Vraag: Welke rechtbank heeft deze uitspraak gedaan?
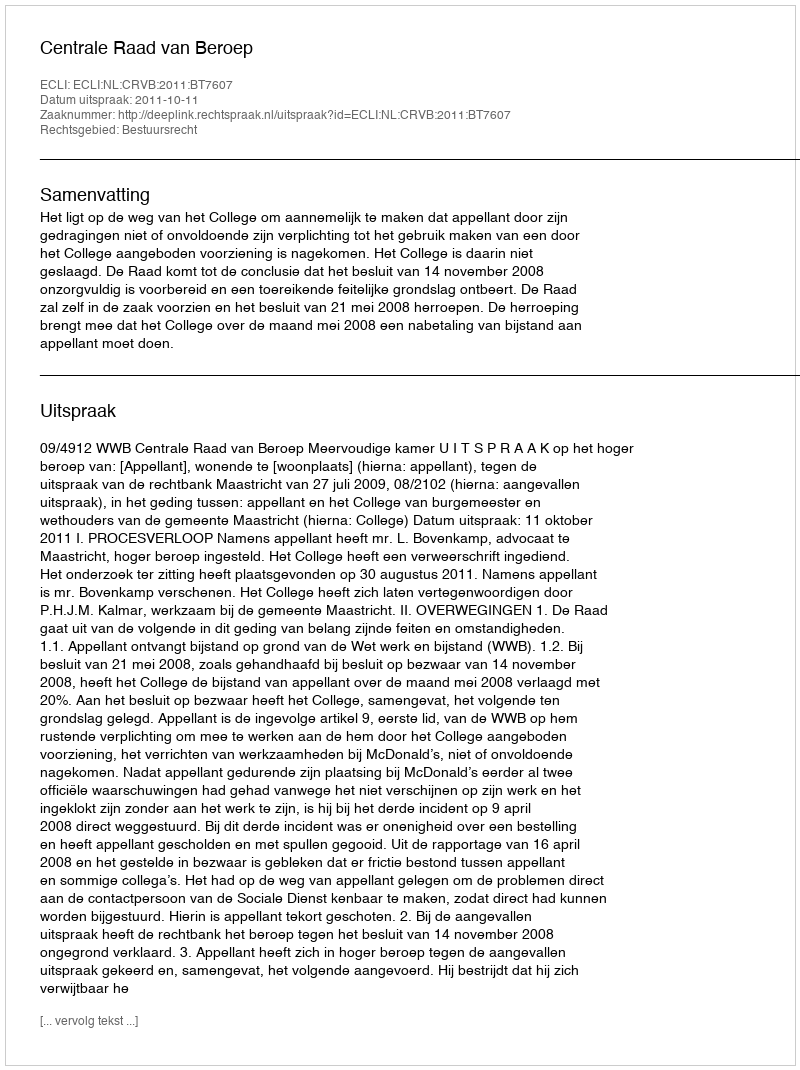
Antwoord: Centrale Raad van Beroep